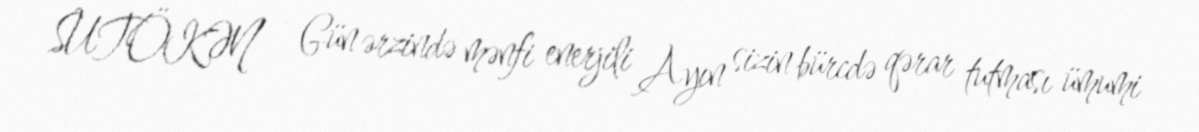
SUTÖKƏN - Gün ərzində mənfi enerjili Ayın sizin bürcdə qərar tutması ümumi